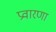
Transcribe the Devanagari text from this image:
प्रवारणा